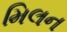
મિલન